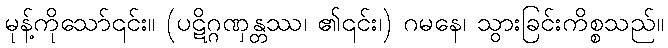
မုန့်ကိုသော်၎င်း။ (ပဋိဂ္ဂဏှန္တဿ၊ ၏၎င်း၊) ဂမနေ၊ သွားခြင်းကိစ္စသည်။